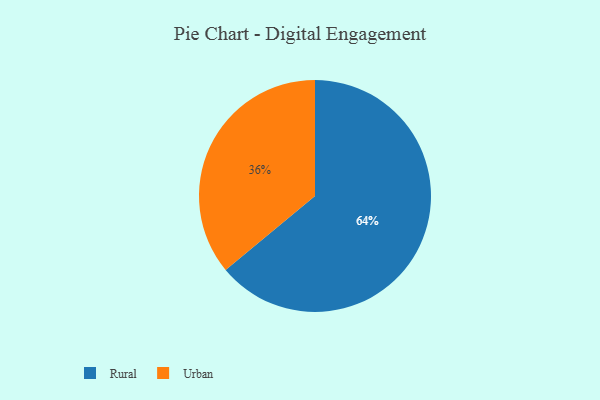
{"axis": {"x": "Category", "y": "Percentage"}, "legend": ["Rural", "Urban"], "data": [{"x": "Urban", "y": 36, "type": "Urban"}, {"x": "Rural", "y": 64, "type": "Rural"}]}